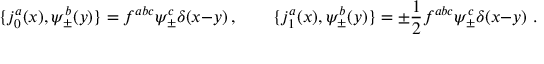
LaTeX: \{ j _ { 0 } ^ { a } ( x ) , \psi _ { \pm } ^ { b } ( y ) \} = f ^ { a b c } \psi _ { \pm } ^ { c } \delta ( x { - } y ) \, , \qquad \{ j _ { 1 } ^ { a } ( x ) , \psi _ { \pm } ^ { b } ( y ) \} = \pm { \frac { 1 } { 2 } } f ^ { a b c } \psi _ { \pm } ^ { c } \delta ( x { - } y ) \ .